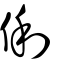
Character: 俐